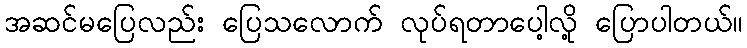
အဆင်မပြေလည်း ပြေသလောက် လုပ်ရတာပေါ့လို့ ပြောပါတယ်။